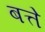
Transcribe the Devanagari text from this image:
बत्ते